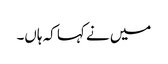
میں نے کہا کہ ہاں۔